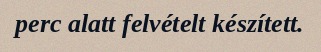
perc alatt felvételt készített.